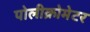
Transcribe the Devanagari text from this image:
पोलीक्रोमेटर